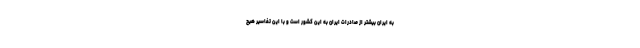
به ایران بیشتر از صادرات ایران به این کشور است و با این تفاسیر هیچ